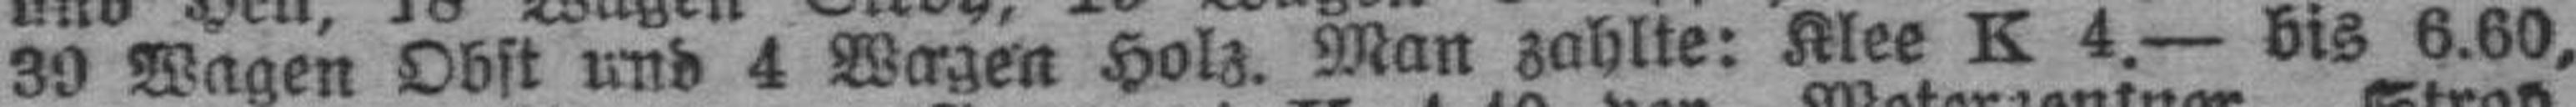
9 Wagen Obst und 4 Wagen Holz. Man zahlte: Klee K 4.— bis 6.00,